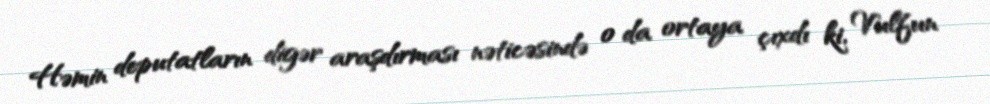
Həmin deputatların digər araşdırması nəticəsində o da ortaya çıxdı ki, Vulfun